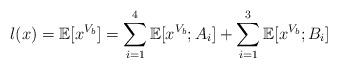
LaTeX: \begin{align*} l(x)=\mathbb{E}[x^{V_b}]=\sum_{i=1}^4\mathbb{E}[x^{V_b};A_i]+\sum_{i=1}^3\mathbb{E}[x^{V_b};B_i]\end{align*}